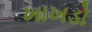
ખાખડો